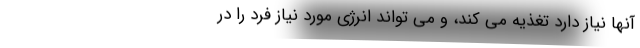
آنها نیاز دارد تغذیه می کند، و می تواند انرژی مورد نیاز فرد را در